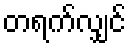
တရက်လျှင်